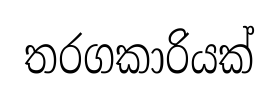
තරගකාරියක්